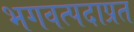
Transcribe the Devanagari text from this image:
भगवत्पदाप्रत